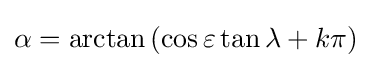
\alpha =\arctan \left(\cos {\varepsilon }\tan {\lambda }+k\pi \right)